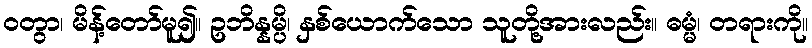
ဝတွာ၊ မိန့်တော်မူ၍။ ဥဘိန္နမ္ပိ၊ နှစ်ယောက်သော သူတို့အားလည်း။ ဓမ္မံ၊ တရားကို။